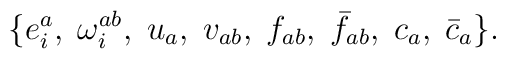
\{ e^{a}_{i},\; \omega^{ab}_{i},\; u_{a},\; v_{ab},\; f_{ab},\; \bar{f}_{ab},\;c_{a},\; \bar{c}_{a}\}.